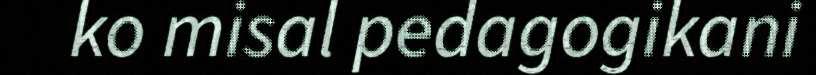
ko misal pedagogikani